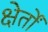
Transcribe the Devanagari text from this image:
क्षेर्तों